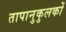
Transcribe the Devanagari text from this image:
तापानुकुलकों